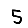
Digit: 5